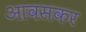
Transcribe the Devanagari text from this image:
आवसकर